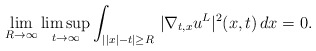
\begin{align*}\lim_{R\to\infty}\limsup_{t\to\infty}\int_{||x|-t|\ge R}\,|\nabla_{t,x}u^L|^2(x,t)\,dx=0.\end{align*}